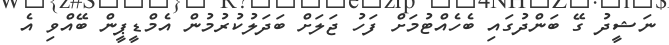
ނަޝީދު ގޭ ބަންދުގައި ބެހެއްޓުމަށް ފަހު ޖަލަށް ބަދަލުކުރުމުން އެމްޑީޕީން ބޭއްވި އެ